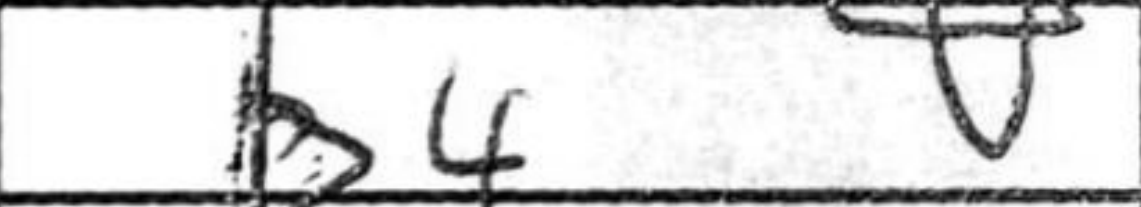
Transcription: b4